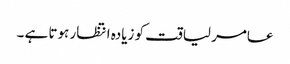
عامر لیاقت کو زیادہ انتظار ہوتا ہے ۔